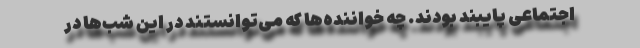
اجتماعی پایبند بودند. چه خواننده‌ها که می‌توانستند در این شب‌ها در